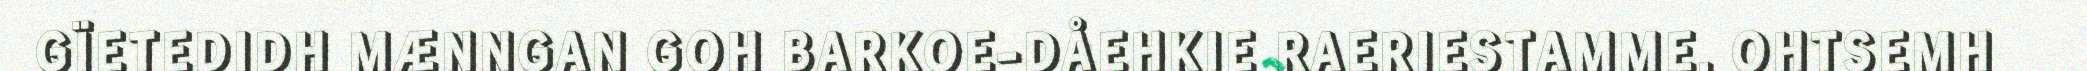
GÏETEDIDH MÆNNGAN GOH BARKOE-DÅEHKIE RAERIESTAMME. OHTSEMH